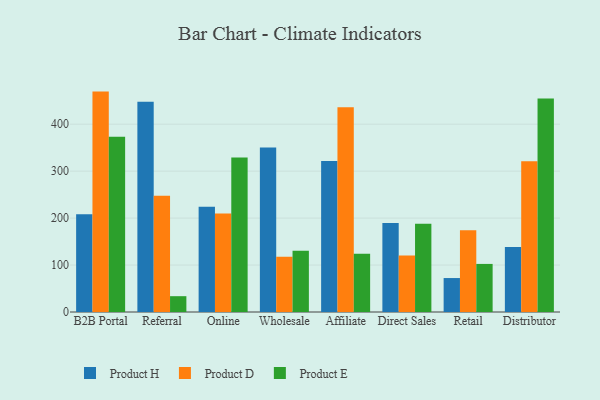
{"axis": {"x": "Channel", "y": "Headcount"}, "legend": ["Product D", "Product E", "Product H"], "data": [{"x": "B2B Portal", "y": 208.3, "type": "Product H"}, {"x": "B2B Portal", "y": 469.4, "type": "Product D"}, {"x": "B2B Portal", "y": 373.5, "type": "Product E"}, {"x": "Referral", "y": 448.0, "type": "Product H"}, {"x": "Referral", "y": 247.5, "type": "Product D"}, {"x": "Referral", "y": 33.7, "type": "Product E"}, {"x": "Online", "y": 224.1, "type": "Product H"}, {"x": "Online", "y": 210.0, "type": "Product D"}, {"x": "Online", "y": 329.1, "type": "Product E"}, {"x": "Wholesale", "y": 350.6, "type": "Product H"}, {"x": "Wholesale", "y": 117.6, "type": "Product D"}, {"x": "Wholesale", "y": 130.5, "type": "Product E"}, {"x": "Affiliate", "y": 321.6, "type": "Product H"}, {"x": "Affiliate", "y": 436.0, "type": "Product D"}, {"x": "Affiliate", "y": 123.9, "type": "Product E"}, {"x": "Direct Sales", "y": 189.4, "type": "Product H"}, {"x": "Direct Sales", "y": 120.1, "type": "Product D"}, {"x": "Direct Sales", "y": 187.8, "type": "Product E"}, {"x": "Retail", "y": 72.3, "type": "Product H"}, {"x": "Retail", "y": 174.3, "type": "Product D"}, {"x": "Retail", "y": 102.4, "type": "Product E"}, {"x": "Distributor", "y": 138.2, "type": "Product H"}, {"x": "Distributor", "y": 321.3, "type": "Product D"}, {"x": "Distributor", "y": 454.8, "type": "Product E"}]}